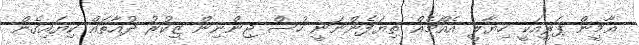
އާމީން ޕަރީއަކީ ހިޔާލީ އެއްޗެއް ތިޔަފެންނަނީ ހުސް ޖިންނިން ޒިކުރު ދުއާތައް ކިޔައިގެން